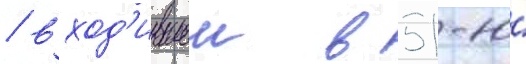
/ вход'ившеи в 51-ю́